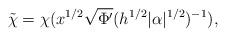
LaTeX: \begin{align*}\tilde{\chi} = \chi(x^{1/2} \sqrt{\Phi'} (h^{1/2}|\alpha|^{1/2} )^{-1} ),\end{align*}